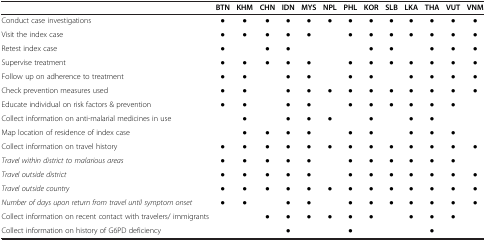
<table><thead><tr><td><b> </b></td><td><b>BTN</b></td><td><b>KHM</b></td><td><b>CHN</b></td><td><b>IDN</b></td><td><b>MYS</b></td><td><b>NPL</b></td><td><b>PHL</b></td><td><b>KOR</b></td><td><b>SLB</b></td><td><b>LKA</b></td><td><b>THA</b></td><td><b>VUT</b></td><td><b>VNM</b></td></tr></thead><tbody><tr><td>Conduct case investigations</td><td><b>●</b></td><td>●</td><td>●</td><td>●</td><td>●</td><td>●</td><td>●</td><td>●</td><td>●</td><td>●</td><td>●</td><td>●</td><td>●</td></tr><tr><td>Visit the index case</td><td>●</td><td>●</td><td>●</td><td>●</td><td>●</td><td> </td><td>●</td><td>●</td><td>●</td><td>●</td><td>●</td><td>●</td><td>●</td></tr><tr><td>Retest index case</td><td>●</td><td> </td><td>●</td><td>●</td><td> </td><td> </td><td> </td><td>●</td><td>●</td><td> </td><td>●</td><td>●</td><td>●</td></tr><tr><td>Supervise treatment</td><td>●</td><td>●</td><td>●</td><td>●</td><td>●</td><td> </td><td>●</td><td>●</td><td>●</td><td>●</td><td>●</td><td>●</td><td>●</td></tr><tr><td>Follow up on adherence to treatment</td><td>●</td><td>●</td><td> </td><td>●</td><td>●</td><td> </td><td>●</td><td>●</td><td> </td><td>●</td><td>●</td><td>●</td><td>●</td></tr><tr><td>Check prevention measures used</td><td>●</td><td>●</td><td> </td><td>●</td><td>●</td><td>●</td><td>●</td><td>●</td><td>●</td><td>●</td><td>●</td><td>●</td><td>●</td></tr><tr><td>Educate individual on risk factors &amp; prevention</td><td>●</td><td>●</td><td> </td><td>●</td><td>●</td><td> </td><td>●</td><td>●</td><td>●</td><td>●</td><td>●</td><td>●</td><td> </td></tr><tr><td>Collect information on anti-malarial medicines in use</td><td> </td><td>●</td><td> </td><td>●</td><td>●</td><td>●</td><td> </td><td>●</td><td> </td><td>●</td><td>●</td><td> </td><td> </td></tr><tr><td>Map location of residence of index case</td><td> </td><td>●</td><td>●</td><td>●</td><td>●</td><td> </td><td>●</td><td>●</td><td> </td><td>●</td><td>●</td><td>●</td><td> </td></tr><tr><td>Collect information on travel history</td><td>●</td><td>●</td><td>●</td><td>●</td><td>●</td><td>●</td><td>●</td><td>●</td><td>●</td><td>●</td><td>●</td><td>●</td><td>●</td></tr><tr><td><i>Travel within district to malarious areas</i></td><td>●</td><td>●</td><td>●</td><td>●</td><td>●</td><td> </td><td>●</td><td>●</td><td>●</td><td>●</td><td>●</td><td>●</td><td> </td></tr><tr><td><i>Travel outside district</i></td><td>●</td><td>●</td><td>●</td><td>●</td><td>●</td><td> </td><td>●</td><td>●</td><td>●</td><td>●</td><td>●</td><td>●</td><td>●</td></tr><tr><td><i>Travel outside country</i></td><td>●</td><td>●</td><td>●</td><td>●</td><td>●</td><td>●</td><td>●</td><td>●</td><td>●</td><td>●</td><td>●</td><td>●</td><td>●</td></tr><tr><td><i>Number of days upon return from travel until symptom onset</i></td><td>●</td><td>●</td><td> </td><td>●</td><td>●</td><td> </td><td>●</td><td>●</td><td>●</td><td>●</td><td>●</td><td>●</td><td>●</td></tr><tr><td>Collect information on recent contact with travelers/ immigrants</td><td> </td><td> </td><td>●</td><td>●</td><td>●</td><td>●</td><td>●</td><td>●</td><td> </td><td>●</td><td>●</td><td>●</td><td> </td></tr><tr><td>Collect information on history of G6PD deficiency</td><td> </td><td> </td><td> </td><td>●</td><td> </td><td> </td><td>●</td><td> </td><td> </td><td> </td><td>●</td><td> </td><td> </td></tr></tbody></table>